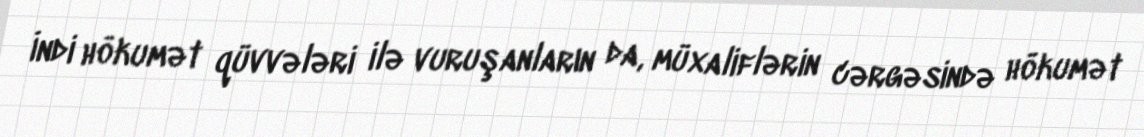
İndi hökumət qüvvələri ilə vuruşanların da, müxaliflərin cərgəsində hökumət